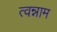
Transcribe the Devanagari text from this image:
त्वन्नाम